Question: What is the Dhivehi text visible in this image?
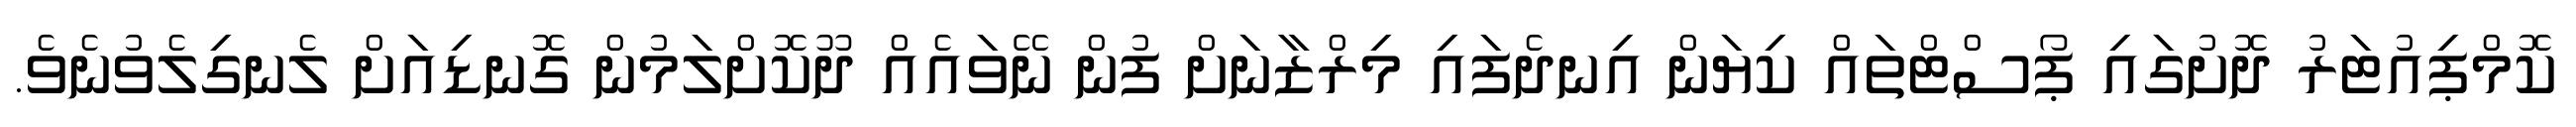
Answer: ކޮމްޕިއުޓަރު ދޮށުގައި ޕޯސްޓްތައް ކިޔަން އިނދެފައި މިރްޒާނަށް ފުން ނޭވައެއް ދޫކޮށްލަމުން ގޮނޑިއަށް ލެނގިލެވުނެވެ.